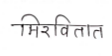
मजकूर: मिरवितात